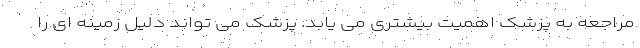
مراجعه به پزشک اهمیت بیشتری می یابد. پزشک می تواند دلیل زمینه ای را